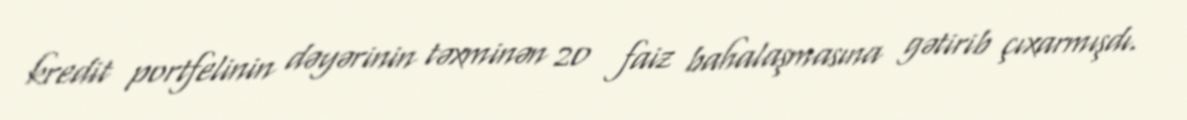
kredit portfelinin dəyərinin təxminən 20 faiz bahalaşmasına gətirib çıxarmışdı.